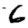
Digit: 6